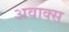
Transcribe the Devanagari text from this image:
अवाक्स